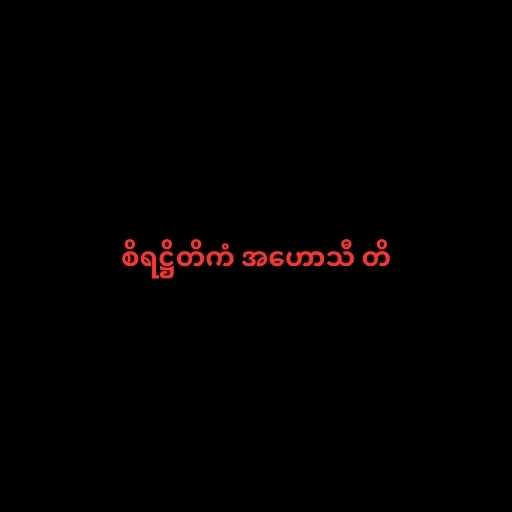
စိရဋ္ဌိတိကံ အဟောသီ တိ